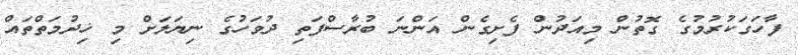
ފާހަގަކުރުމުގެ ގޮތުން މިއަދުން ފެށިގެން އަންނަ ބުރާސްފަތި ދުވަހުގެ ނިޔަލަށް މި ޚިދުމަތްތައް